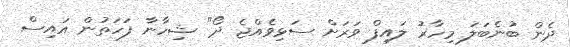
ދެން ބުނެބަލަ މިހާރު ލައިފް ވަރަށް ސަޅިވެއްޖެ ދޯ" ޝިހާނާ ފަހަތުން އައިސް